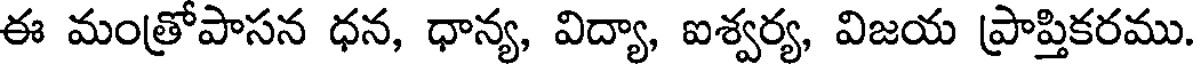
ఈ మంత్రోపాసన ధన, ధాన్య, విద్యా, ఐశ్వర్య, విజయ ప్రాప్తికరము.